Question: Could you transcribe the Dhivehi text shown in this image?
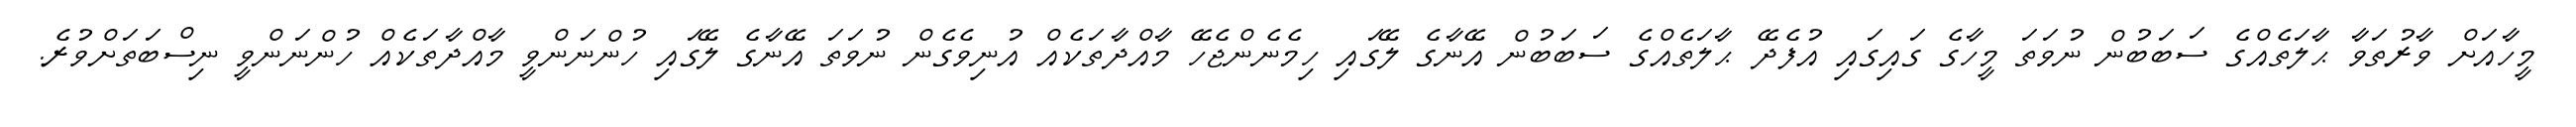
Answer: މީހާއަށް ވާރުތަވާ ޙާލަތެއްގެ ސަބަބުން ނުވަތަ މީހާގެ ގައިގައި އުފެދޭ ޙާލަތެއްގެ ސަބަބުން އޭނާގެ ލޭގައި ހިމެނެންޖެހޭ މާއްދާތަކެއް އުނިވެގެން ނުވަތަ އޭނާގެ ލޭގައި ހުންނަންވީ މާއްދާތަކެއް ހުންނަންވީ ނިސްބަތަށްވުރެ.